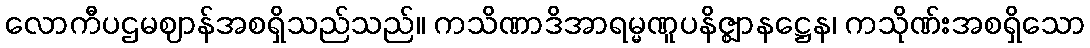
လောကီပဌမဈာန်အစရှိသည်သည်။ ကသိဏာဒိအာရမ္မဏူပနိဇ္ဈာနဋ္ဌေန၊ ကသိုဏ်းအစရှိသော